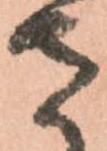
さ